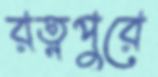
রত্নপুরে